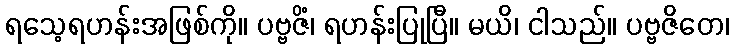
ရသေ့ရဟန်းအဖြစ်ကို။ ပဗ္ဗဇိံ၊ ရဟန်းပြုပြီ။ မယိ၊ ငါသည်။ ပဗ္ဗဇိတေ၊